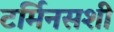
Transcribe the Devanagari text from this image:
टर्मिनसशी